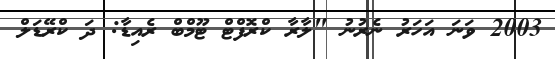
2003 ވަނަ އަހަރު ނެރުނު "ލާރާ ކްރޮފްޓް ޓޫމްބް ރެއިޑާ: ދަ ކްރޭޑަލް